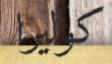
كوليرا